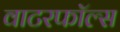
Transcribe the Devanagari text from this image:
वाटरफॉल्स